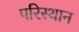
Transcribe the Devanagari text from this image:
परिस्थान